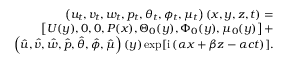
\begin{array} { r } { \left( u _ { t } , v _ { t } , w _ { t } , p _ { t } , \theta _ { t } , \phi _ { t } , \mu _ { t } \right) \left( x , y , z , t \right) = } \\ { \left[ U ( y ) , 0 , 0 , P ( x ) , \Theta _ { 0 } ( y ) , \Phi _ { 0 } ( y ) , \mu _ { 0 } ( y ) \right] + } \\ { \left( \hat { u } , \hat { v } , \hat { w } , \hat { p } , \hat { \theta } , \hat { \phi } , \hat { \mu } \right) \left( y \right) \exp [ { \mathrm { i } \left( \alpha x + \beta z - \alpha c t \right) } ] . } \end{array}